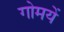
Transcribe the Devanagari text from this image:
गोमयें